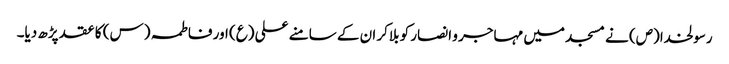
رسولخدا(ص) نے مسجد میں مہاجر و انصار کو بلاکر ان کے سامنے علی (ع) اور فاطمہ (س) کا عقد پڑھ دیا۔